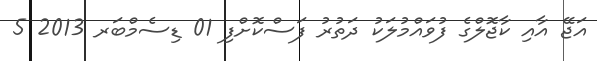
އަޖޭ އާއި ކާޖޮލްގެ ފުވައްމުލަކު ދަތުރު ފަސްކޮށްފި 01 ޑިސެމްބަރ 2013 5